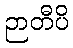
ဉာတီပိ